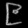
Digit: ၉